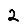
Digit: 2